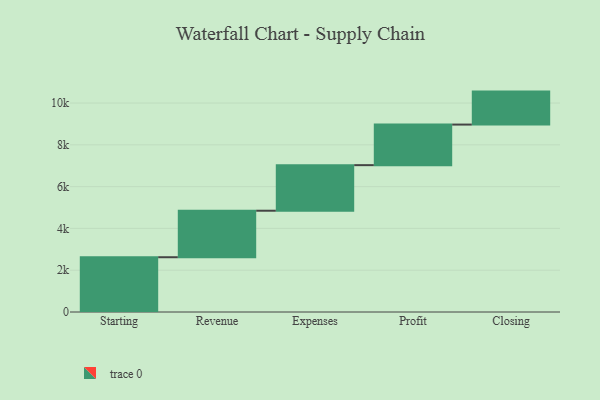
{"axis": {"x": "Step", "y": "Value"}, "legend": [""], "data": [{"x": "Starting", "y": 2621.0, "type": ""}, {"x": "Revenue", "y": 2226.0, "type": ""}, {"x": "Expenses", "y": 2181.0, "type": ""}, {"x": "Profit", "y": 1942.0, "type": ""}, {"x": "Closing", "y": 1578.0, "type": ""}]}